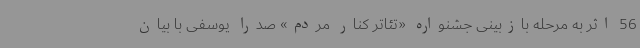
56 اثر به مرحله بازبینی جشنواره «تئاتر کنار مردم» صدرا یوسفی با بیان